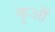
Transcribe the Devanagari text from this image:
कुआॅ